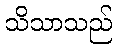
သိသာသည်